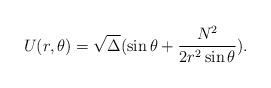
LaTeX: \begin{align*}U(r,\theta)=\sqrt{\Delta}(\sin\theta+\frac{N^2}{2r^2\sin\theta}).\end{align*}